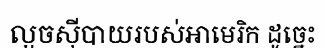
លួចស៊ីបាយរបស់អាមេរិក ដូច្នេះ